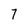
Character: 7